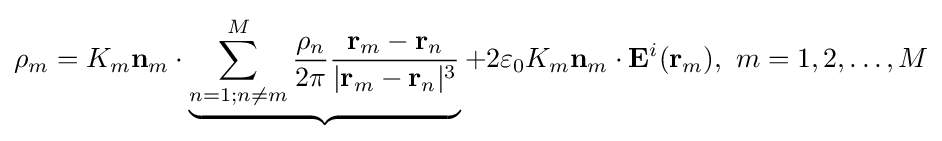
\rho _{m}=K_{m}\mathbf {n} _{m}\cdot \underbrace {\sum _{n=1;n\neq m}^{M}{\frac {\rho _{n}}{2\pi }}{\frac {\mathbf {r} _{m}-\mathbf {r} _{n}}{|\mathbf {r} _{m}-\mathbf {r} _{n}|^{3}}}} +{2}\varepsilon _{0}K_{m}\mathbf {n} _{m}\cdot \mathbf {E} ^{i}(\mathbf {r} _{m}),\ m=1,2,\dots ,M